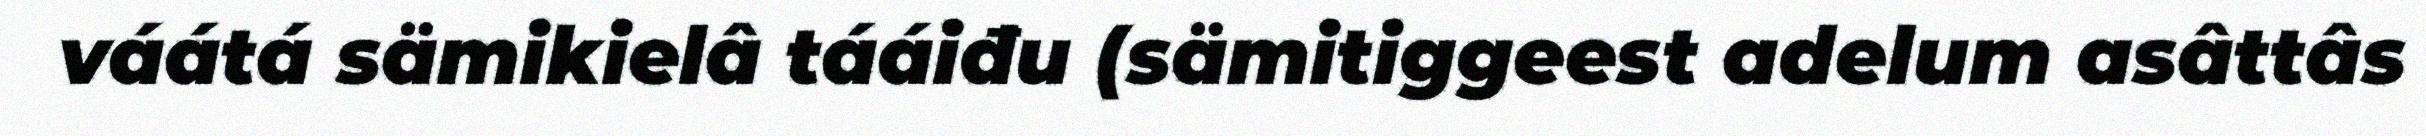
váátá sämikielâ tááiđu (sämitiggeest adelum asâttâs